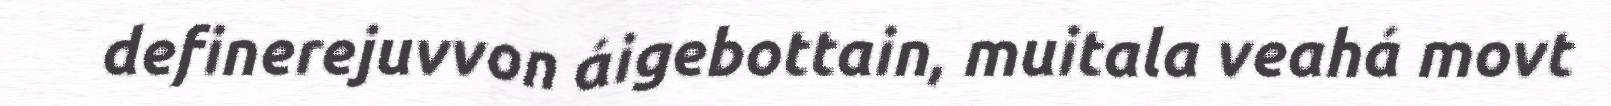
definerejuvvon áigebottain, muitala veahá movt